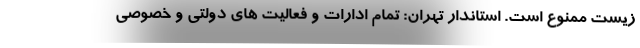
زیست ممنوع است. استاندار تهران: تمام ادارات و فعالیت های دولتی و خصوصی